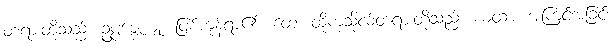
တရားတို့သည်။ ဥပ္ပဇ္ဇေယျုံ၊ ဖြစ်ကုန်ရာ၏။ တေ၊ ထိုကုသိုလ်တရားတို့သည်။ ယထာ၊ အကြင်အခြင်း